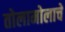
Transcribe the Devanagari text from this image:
तोलामोलाचे